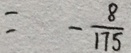
= - \frac { 8 } { 1 7 5 }